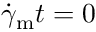
\dot { \gamma } _ { \mathrm { m } } t = 0